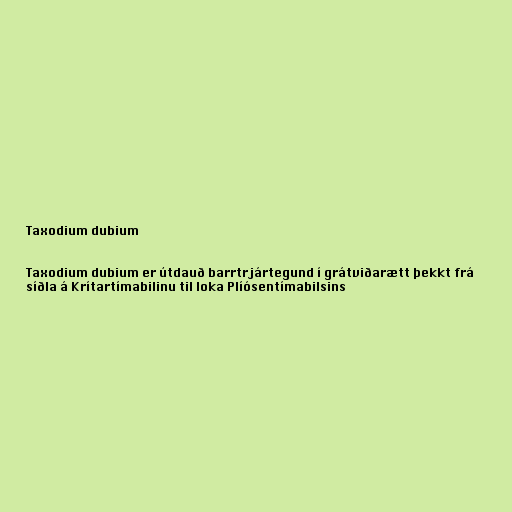
Taxodium dubium

Taxodium dubium er útdauð barrtrjártegund í grátviðarætt þekkt frá
síðla á Krítartímabilinu til loka Plíósentímabilsins